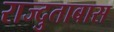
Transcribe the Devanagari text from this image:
राज्दुताबास